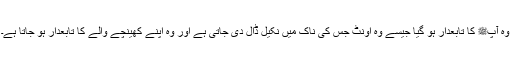
وہ آپﷺ کا تابعدار ہو گیا جیسے وہ اونٹ جس کی ناک میں نکیل ڈال دی جاتی ہے اور وہ اپنے کھینچے والے کا تابعدار ہو جاتا ہے۔